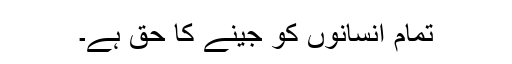
تمام انسانوں کو جینے کا حق ہے۔